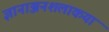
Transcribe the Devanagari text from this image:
ज्ञानाञ्जनशलाकया